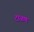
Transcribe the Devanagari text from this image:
टाळण